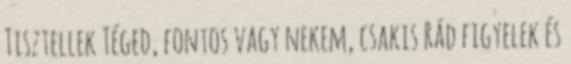
Tisztellek Téged, fontos vagy nekem, csakis Rád figyelek és